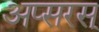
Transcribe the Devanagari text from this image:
अप्सरस्